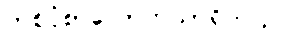
တစ်ငုံစာလောက်သာရှိတယ်။